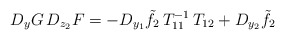
\begin{align*}D_y G \,D_{z_2} F = -D_{y_1} \tilde f_2 \,T_{11}^{-1}\, T_{12}+ D_{y_2} \tilde f_2\end{align*}